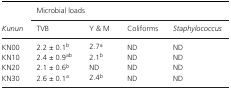
<table><thead><tr><td rowspan="2"><b><i>Kunun</i></b></td><td colspan="4"><b>Microbial loads</b></td></tr><tr><td><b>TVB</b></td><td><b>Y &amp; M</b></td><td><b>Coliforms</b></td><td><b><i>Staphylococcus</i></b></td></tr></thead><tbody><tr><td>KN00</td><td>2.2 ± 0.1<sup>b</sup></td><td>2.7<sup>a</sup></td><td>ND</td><td>ND</td></tr><tr><td>KN10</td><td>2.4 ± 0.9<sup>ab</sup></td><td>2.1<sup>b</sup></td><td>ND</td><td>ND</td></tr><tr><td>KN20</td><td>2.1 ± 0.6<sup>b</sup></td><td>ND</td><td>ND</td><td>ND</td></tr><tr><td>KN30</td><td>2.6 ± 0.1<sup>a</sup></td><td>2.4<sup>b</sup></td><td>ND</td><td>ND</td></tr></tbody></table>